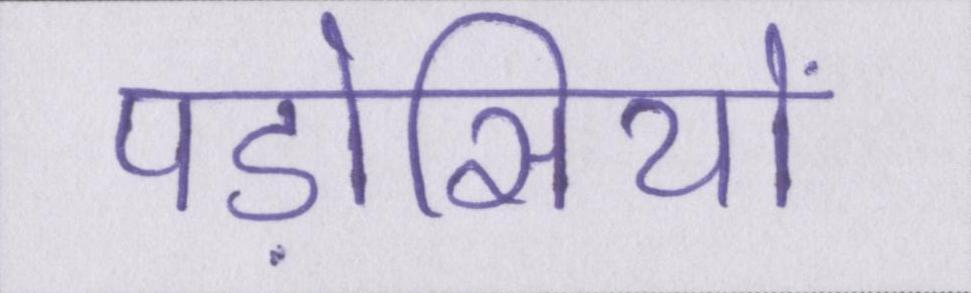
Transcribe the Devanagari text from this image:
पड़ोसियों